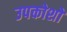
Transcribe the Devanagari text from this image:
उपकोशों